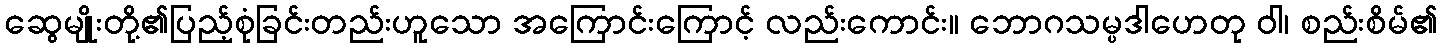
ဆွေမျိုးတို့၏ပြည့်စုံခြင်းတည်းဟူသော အကြောင်းကြောင့် လည်းကောင်း။ ဘောဂသမ္ပဒါဟေတု ဝါ၊ စည်းစိမ်၏